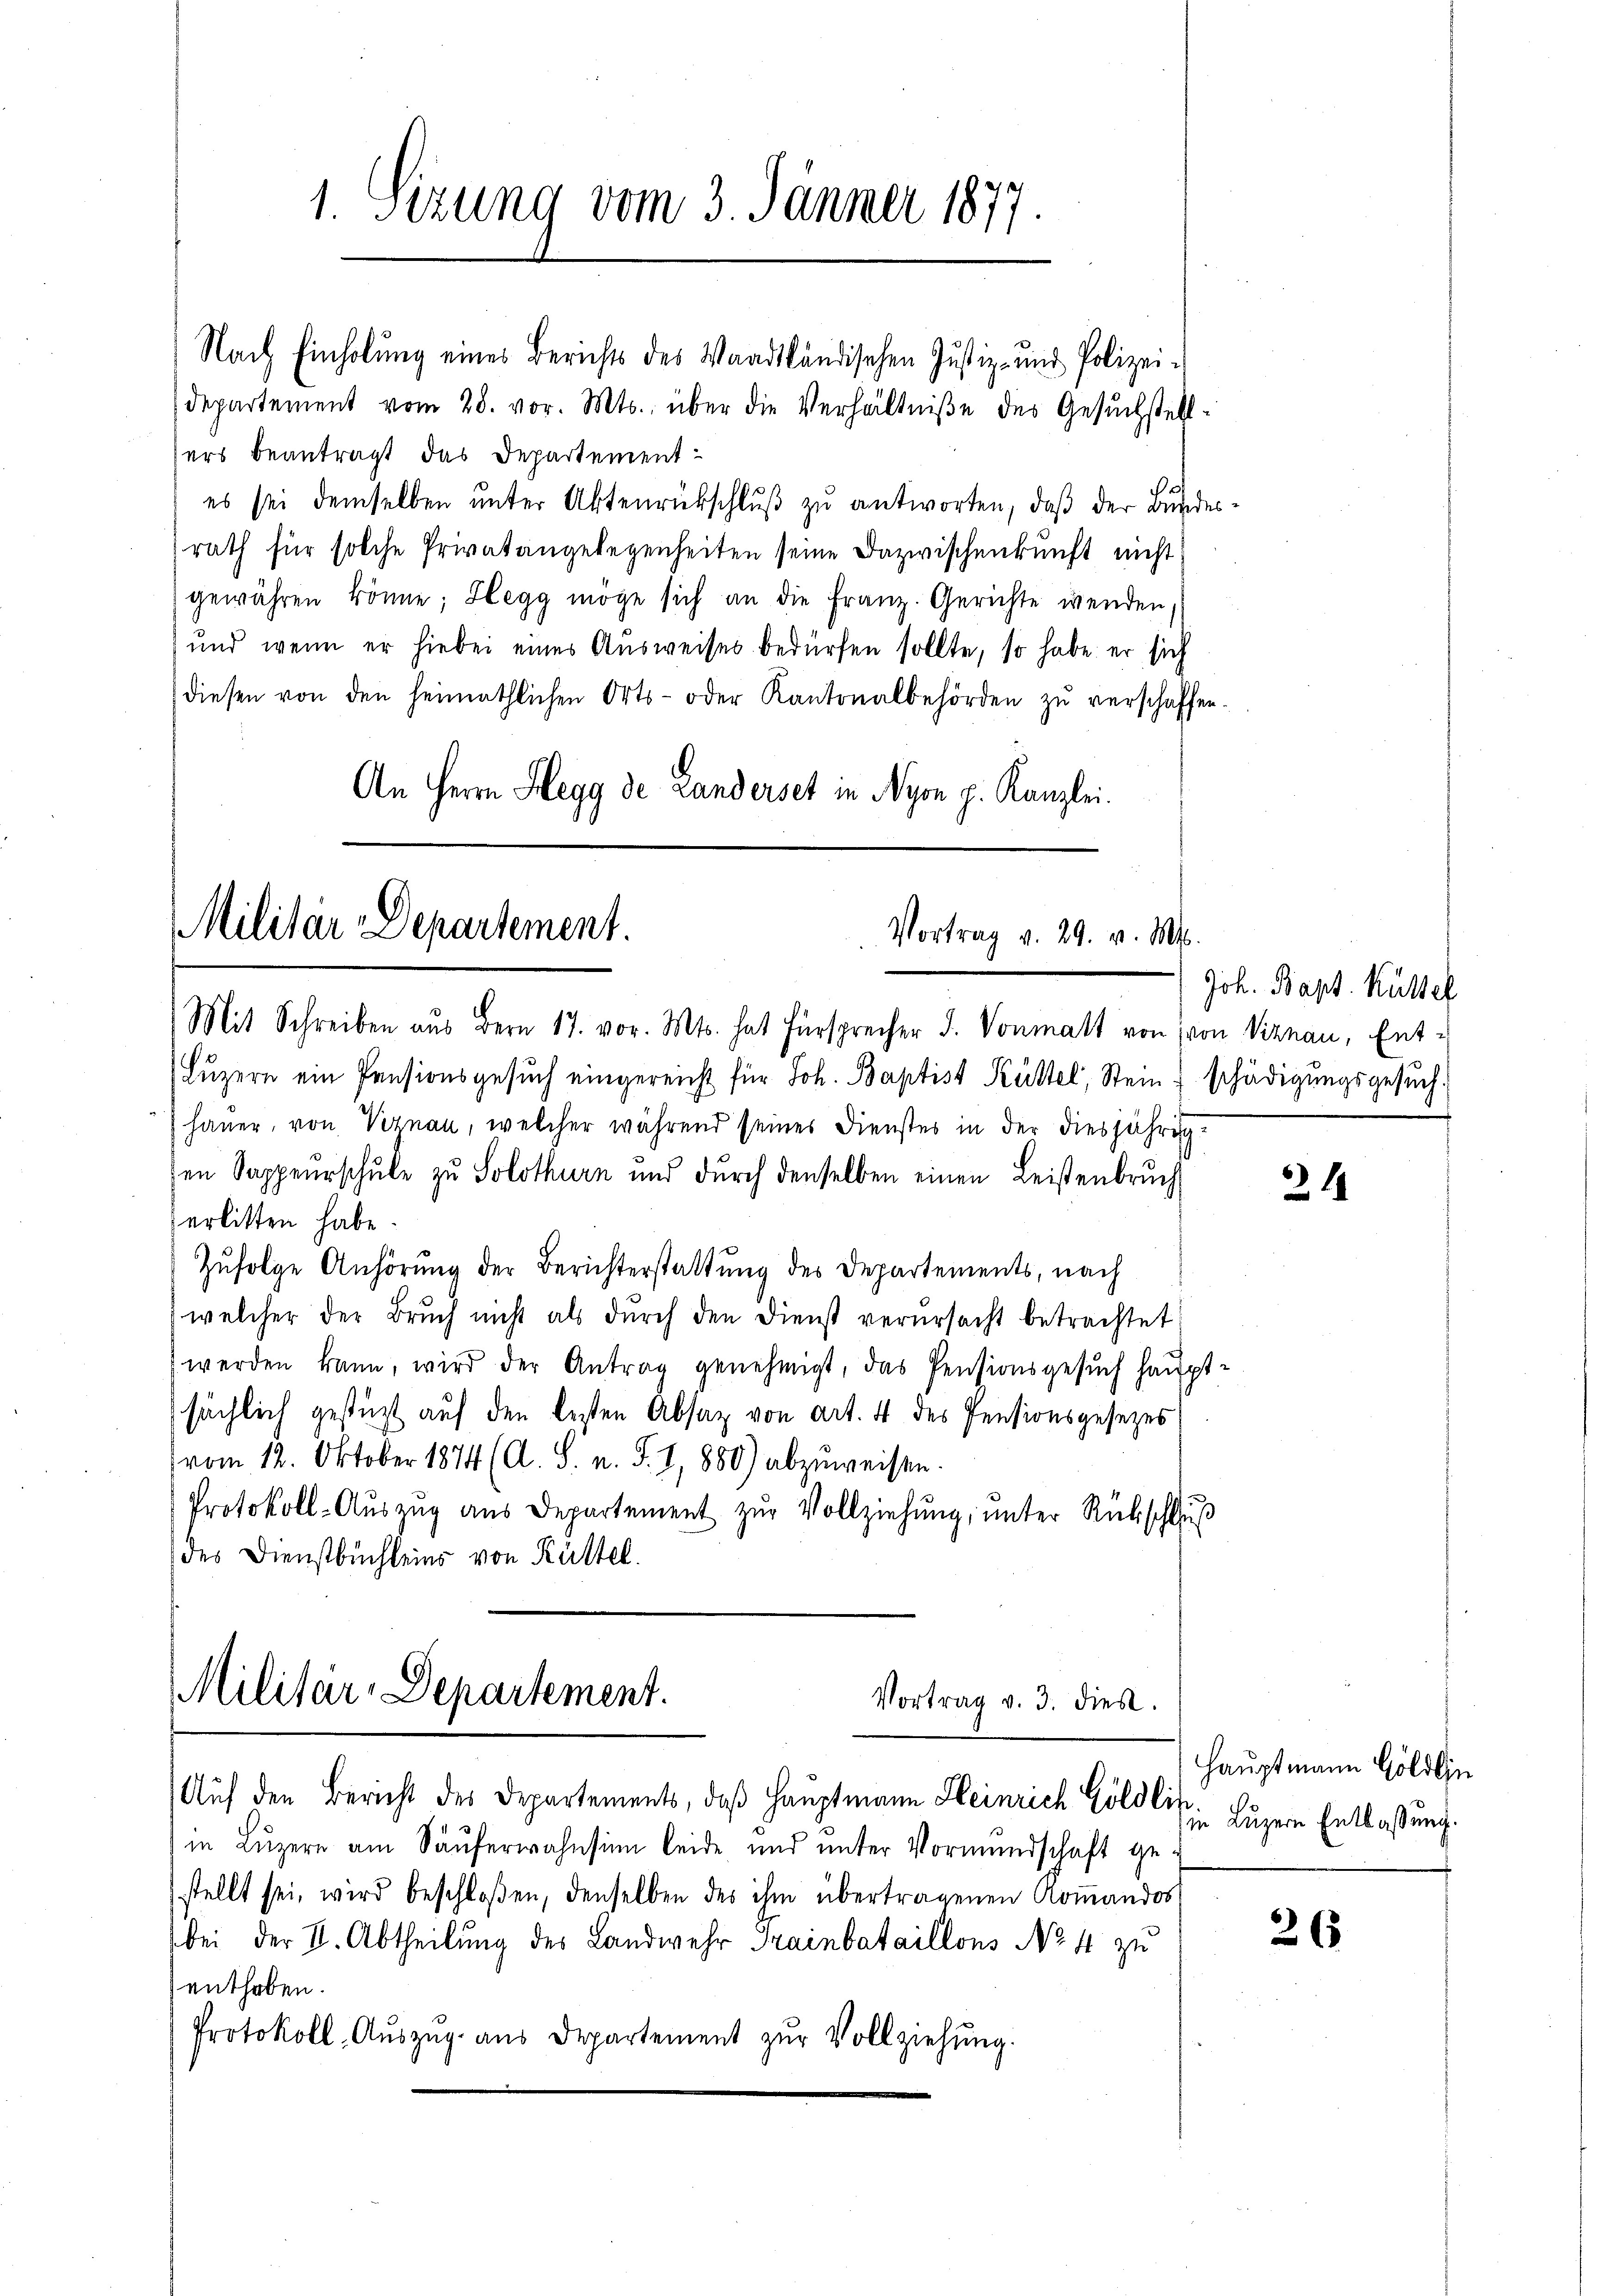
1. Sitzung vom 3. Jänner 1877.

Departement vom 28. vor. Mts. über die Verhältniße des Gesuchstellsers beantragt das Departement-
es sei demselben unter Aktenrückschluß zu antworten, daß der Bundesrath für solche Privatangelegenheiten seine Dazwischenkunft nicht
gewähren könne; Hegg möge sich an die Franz. Gerichte wenden,
und wenn er hiebei eines Aŭsweises bedürfen sollte, so habe er sich
diesen von den heimathlichen Orts- oder Kantonalbehörden zŭ verschaffen.
An Herrn Hegg de Landerset in Nyon p. Kanzlei.

Nach Einholŭng eines Berichts des Waadtländischen Jŭstiz- und Polizei-

Militär-Departement.
Vortrag v. 29. v. Mts.

Mit Schreiben aŭs Bern 17. vor. Mts. hat Fürsprecher d. Vonmatt von von Viznau, Ent-
(Luzern ein Pensionsgesŭch eingereicht für Joh. Baptist Küttel, Stein, schädigungsgesuchhauer, von Vernau, welcher während seines Dienstes in der diesjährig
sen Sappeurschule zu Solothurn und durch denselben einen Leistenbruch
erlitten habe
Zufolge Anhörung der Berichterstattung des Departements, nach
welcher der Bruch nicht als durch den Dienst verursacht betrachtet
werden kann, wird der Antrag genehmigt, das Pensionsgesŭch haupt
sächlich gestützt auf den besten Absaz von Art. 4 des Pensionsgesezes
(vom 12. Oktober 1874 (A. S. n. F. I, 880) abzuweisen.
Protokoll-Aŭszŭg aŭs Departement zŭr Vollziehŭng ŭnter Rückschlŭβ
des Dienstbüchleins von Rüttel.

Militär-Departement.
Vortrag v. 3. dies.
Auf den Bericht des Departements, daß Hauptmann Heinrich Göldlin

in Lŭzern am Säŭferwahnsinn leide und unter Vormundschaft ge-
stellt sei, wird beschloßen, denselben des ihm übertragenen Koṁandos
bei der I. Abtheilung des Landwehr Trainbataillons No 4 zu
enthoben.
Protokoll, Aŭszŭg ans Departement zŭr Vollziehung.

Joh. Bapt. Kustel

21

Hauptmann Göldlin
in Luzern Entlassung.

26